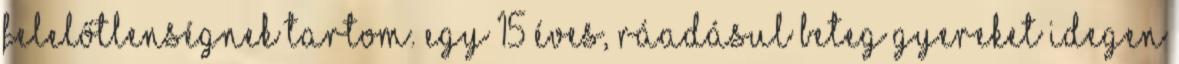
felelőtlenségnek tartom. Egy 15 éves, ráadásul beteg gyereket idegen